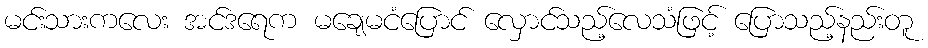
မင်းသားကလေး အင်ဒရေက မချေမငံပြောင် လှောင်သည့်လေသံဖြင့် ပြောသည့်နည်းတူ